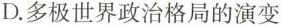
D.多极世界政治格局的演变